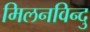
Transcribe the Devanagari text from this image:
मिलनविन्दु